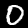
Digit: 0